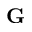
\mathbf { G }